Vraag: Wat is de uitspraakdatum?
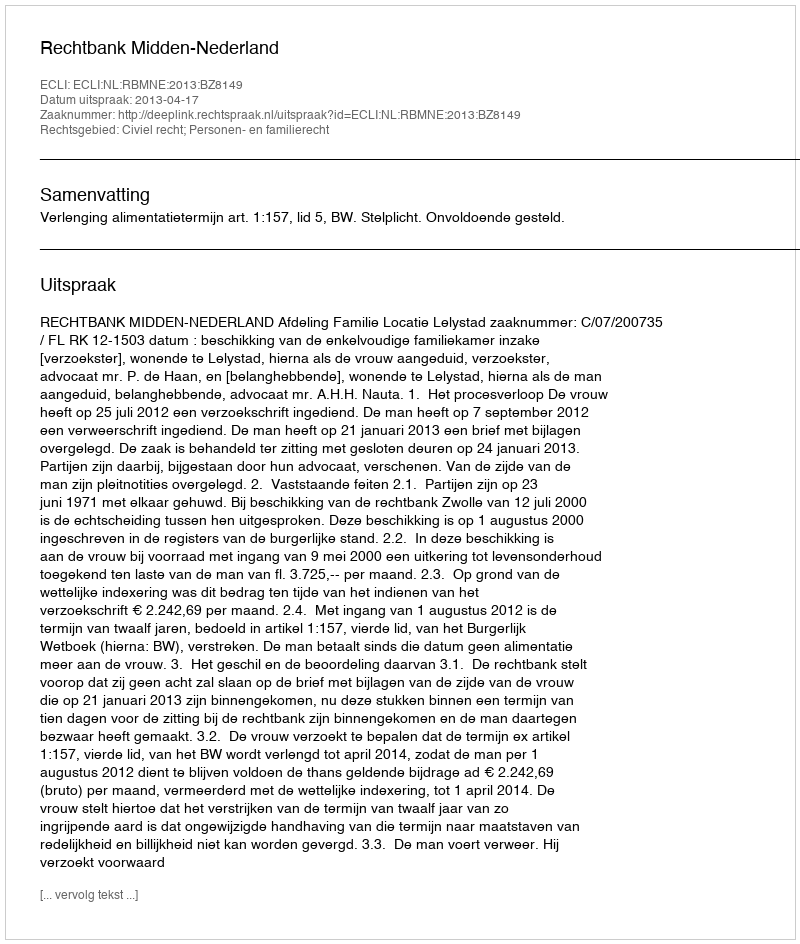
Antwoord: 2013-04-17